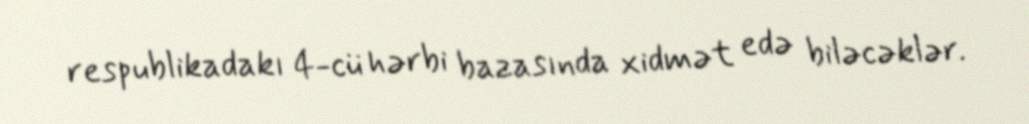
respublikadakı 4-cü hərbi bazasında xidmət edə biləcəklər.